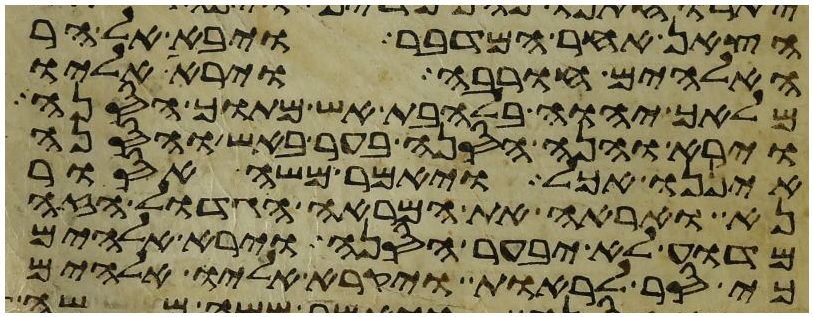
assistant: הצאן אחר המדבר ויבא אל הר
האלהים חורבה וירא אליו
מלאך יהוה בלהבת אש מתוך הסנה
וירא והנה הסנה בער באש והסנה
איננו אכל ויאמר משה אסור
נא ואראה את המראה הגדול הזה
מדוע לא יבער הסנה וירא אלהים
כי סר לראות ויקרא אליו אלהים